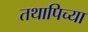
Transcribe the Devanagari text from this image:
तथापिच्या